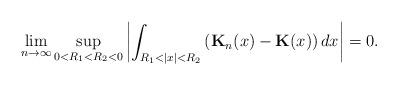
LaTeX: \begin{align*}\lim\limits_{n\to\infty}\sup_{0<R_1<R_2<0}\left|\int_{R_1<|x|<R_2}\left(\mathbf{K}_n(x)-\mathbf{K}(x)\right)dx\right|=0.\end{align*}